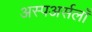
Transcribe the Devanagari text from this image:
अस्पअर्सलाँ